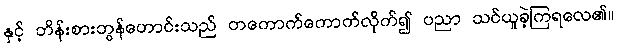
နှင့် ဘိန်းစားဘွန်ဟောင်းသည် တကောက်ကောက်လိုက်၍ ပညာ သင်ယူခဲ့ကြရလေ၏။